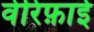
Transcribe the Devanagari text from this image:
वेरिफ़ाई